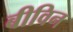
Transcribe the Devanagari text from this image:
बीविन